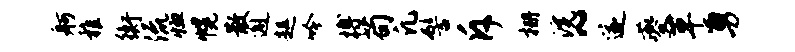
舸稚衡流恤幌散邂趄吟搏苟凡髻斥栅浣~遂夔草勇